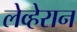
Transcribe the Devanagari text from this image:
लेव्हेरान